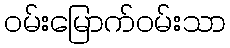
ဝမ်းမြောက်ဝမ်းသာ